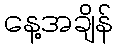
နေ့အချိန်